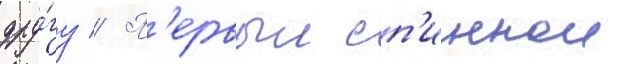
дру́гу // П'ервыи сп'иннои